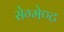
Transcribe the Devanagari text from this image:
सेग्मेण्ट